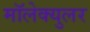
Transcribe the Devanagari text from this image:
मॉलेक्‍युलर